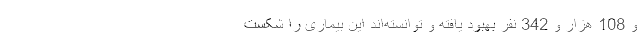
و 108 هزار و 342 نفر بهبود یافته و توانسته‌اند این بیماری را شکست